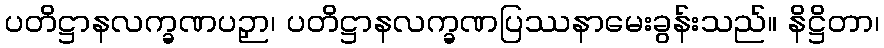
ပတိဋ္ဌာနလက္ခဏပဉှာ၊ ပတိဋ္ဌာနလက္ခဏပြဿနာမေးခွန်းသည်။ နိဋ္ဌိတာ၊